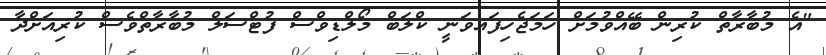
"އެ މުބާރާތް ކުރިން ބޭއްވުމަށް ހަމަޖެހިފައވަނީ ކްލަބް މޯލްޑިވްސް ފުޓްސަލް މުބާރާތްވެސް ކުރިއަށްދާ